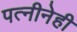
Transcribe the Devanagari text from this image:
पत्नीनेही